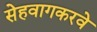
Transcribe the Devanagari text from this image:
सेहवागकरवे